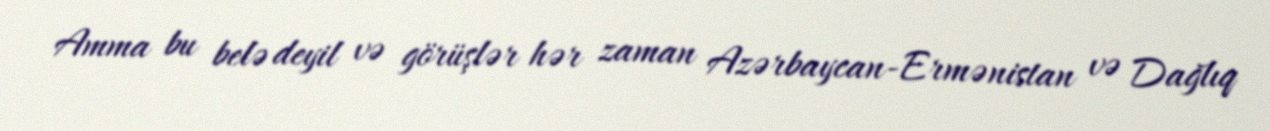
Amma bu belə deyil və görüşlər hər zaman Azərbaycan-Ermənistan və Dağlıq